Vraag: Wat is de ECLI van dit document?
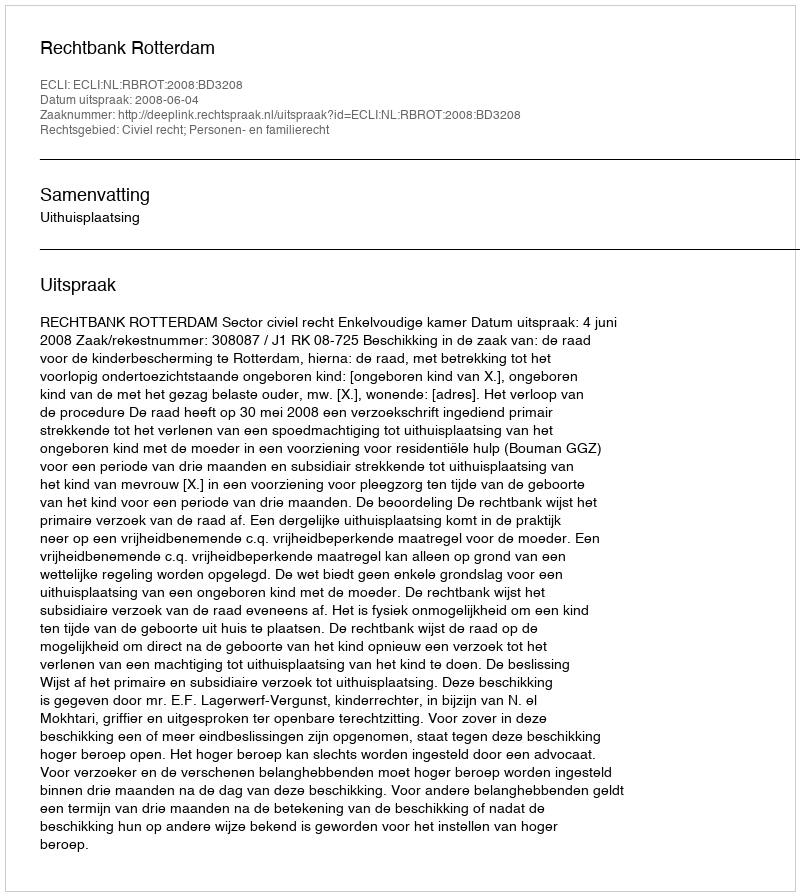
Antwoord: ECLI:NL:RBROT:2008:BD3208